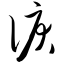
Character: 泪